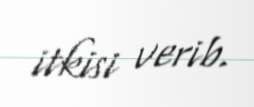
itkisi verib.